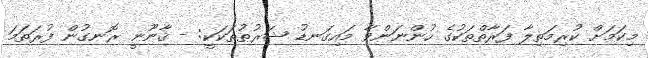
މިކަމަށް ކުރިމަތިލާ ފަރާތްތަކުގެ ހުންނަންވާ މައިގަނޑު ޝަރުޠުތަކަކީ: - ޤާނޫނީ ރޮނގުން ފުރަތަމަ